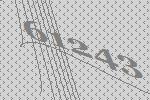
61243